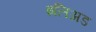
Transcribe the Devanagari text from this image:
इलिअड